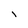
Character: i